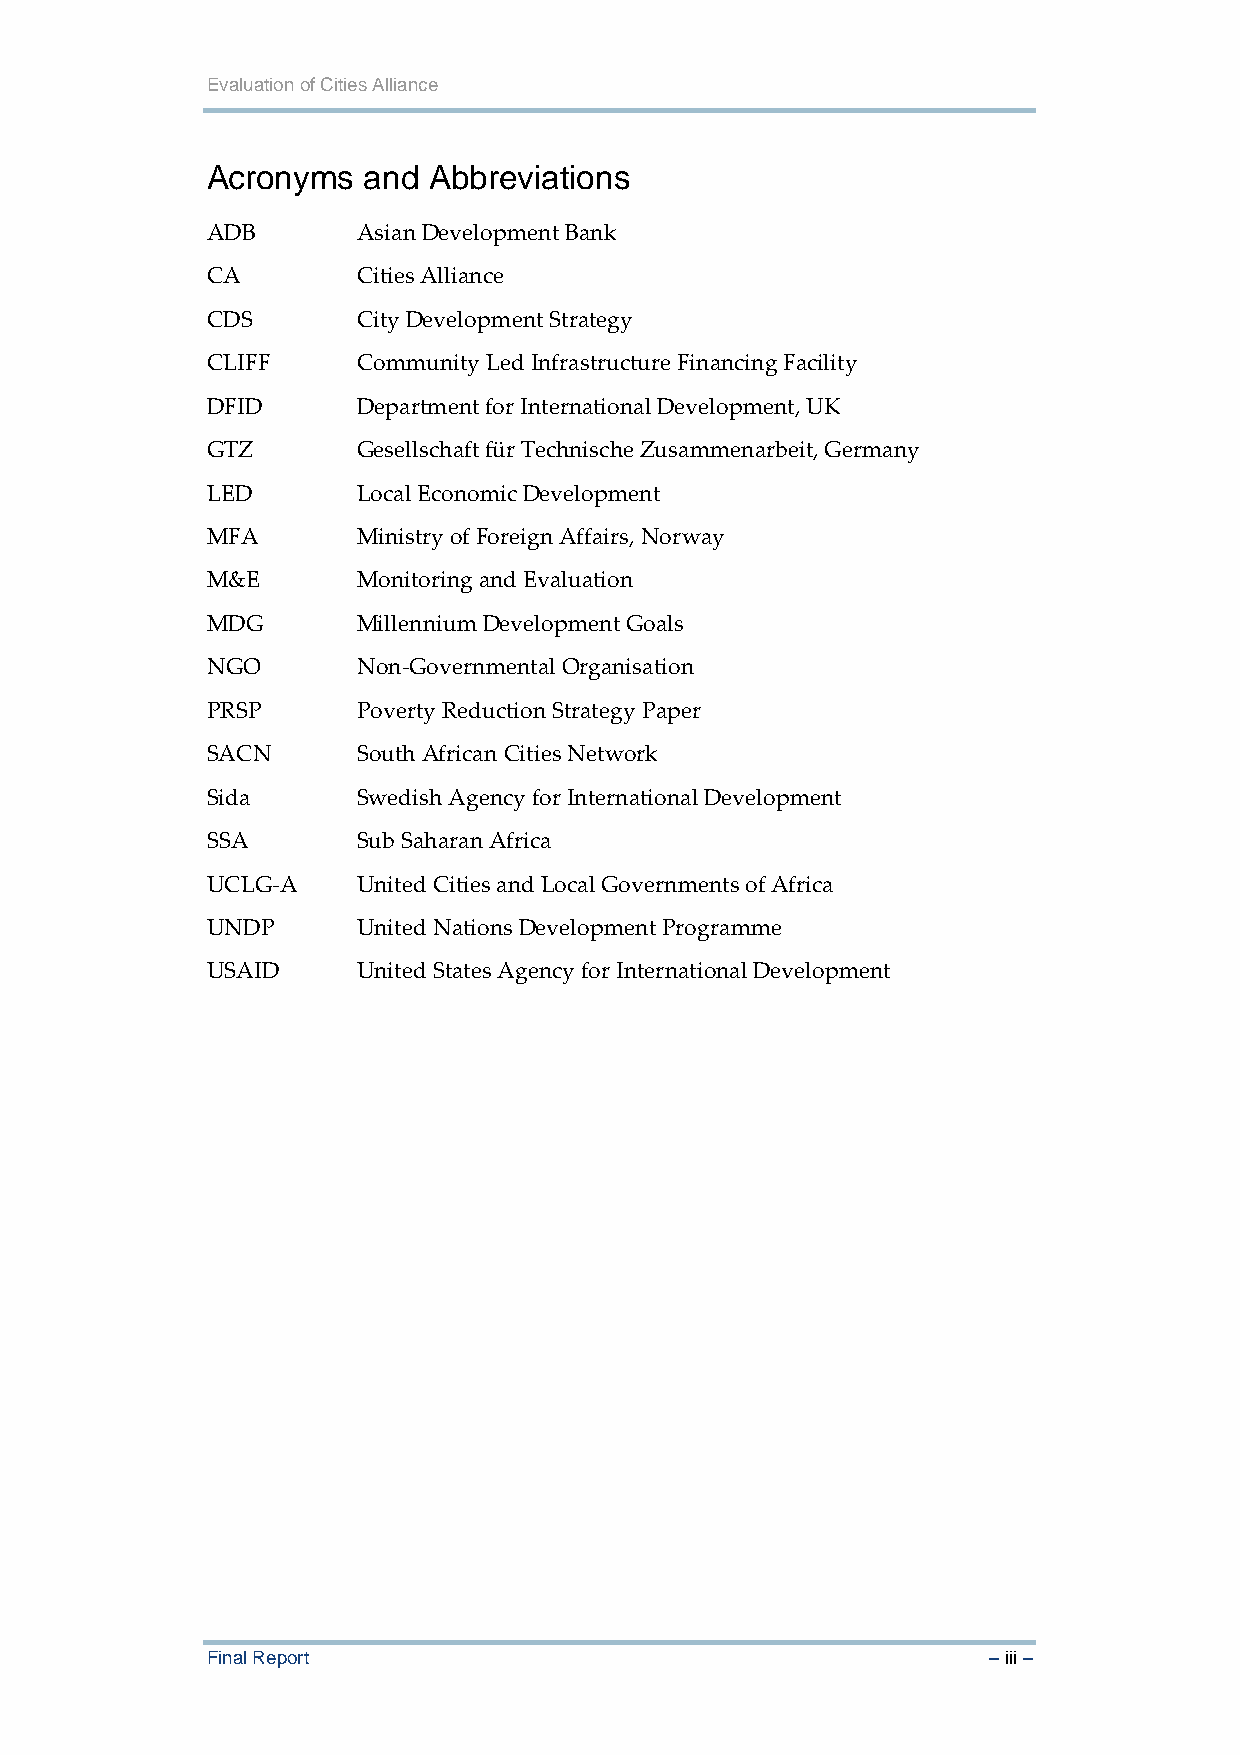
Evaluation of Cities Alliance
 Acronyms  and Abbreviations
 ADB       Asian Development Bank
 CA        Cities Alliance
 CDS       City Development Strategy
 CLIFF     Community Led Infrastructure Financing Facility
 DFID      Department for International Development, UK
 GTZ       Gesellschaft für Technische Zusammenarbeit, Germany
 LED       Local Economic Development
 MFA       Ministry of Foreign Affairs, Norway
 M&E       Monitoring and Evaluation
 MDG       Millennium Development Goals
 NGO       Non‐Governmental Organisation
 PRSP      Poverty Reduction Strategy Paper
 SACN      South African Cities Network
 Sida      Swedish Agency for International Development
 SSA       Sub Saharan Africa
 UCLG‐A    United Cities and Local Governments of Africa
 UNDP      United Nations Development Programme
 USAID     United States Agency for International Development
 Final Report                                       – iii –